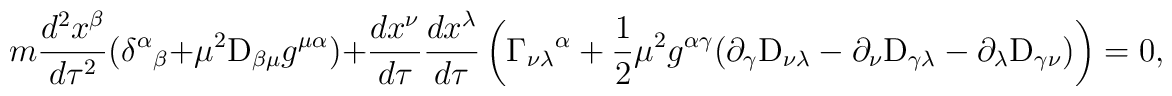
m { d^2 x^\beta \over d\tau^2}(\delta^\alpha{}_\beta + \mu^2 {\rm D}_{\beta \mu}g^{\mu \alpha})+ {d x^\nu\over d\tau} {d x^\lambda\over d\tau} \left( \Gamma_{\nu \lambda}{}^\alpha + \frac{1}{2 }\mu^2 g^{\alpha \gamma}(\partial_\gamma {\rm D}_{\nu \lambda} -\partial_\nu {\rm D}_{\gamma \lambda} - \partial_\lambda {\rm D}_{\gamma \nu})\right) = 0,